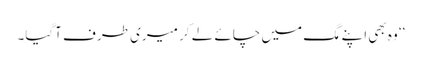
‘‘ وہ بھی اپنے مگ میں چائے لے کر میری طرف آگیا۔